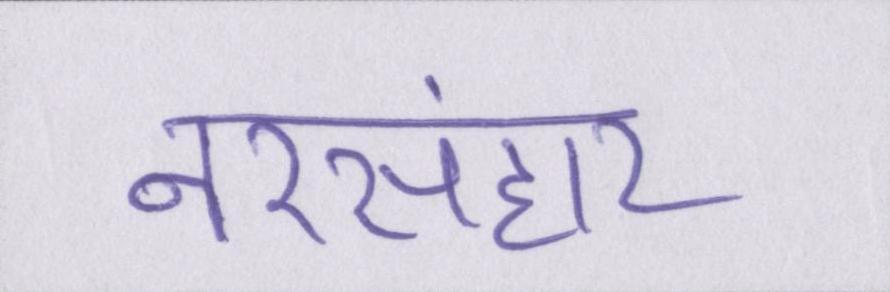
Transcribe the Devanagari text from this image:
नरसंहार